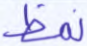
نمظ